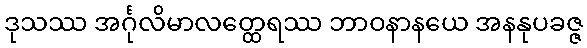
ဒုသဿ အင်္ဂုလိမာလတ္ထေရဿ ဘာဝနာနယေ အနနုပခဇ္ဇ